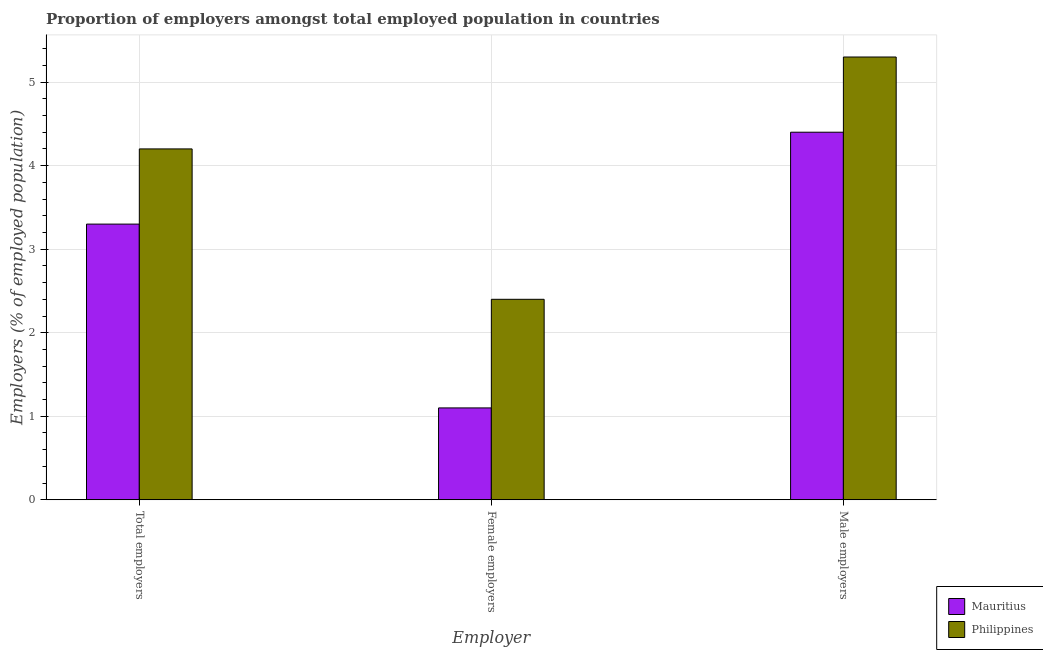
| Employer | Mauritius | Philippines |
 | --- | --- | --- |
 | Total employers | 3.3 | 4.2 |
 | Female employers | 1.1 | 2.4 |
 | Male employers | 4.4 | 5.3 |